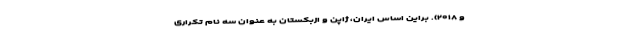
و ۲۰۱۸). براین اساس ایران، ژاپن و ازبکستان به عنوان سه نام تکراری